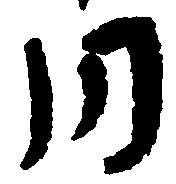
同